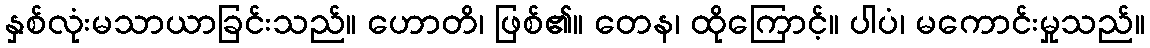
နှစ်လုံးမသာယာခြင်းသည်။ ဟောတိ၊ ဖြစ်၏။ တေန၊ ထိုကြောင့်။ ပါပံ၊ မကောင်းမှုသည်။